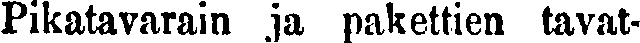
Pikatavarain ja pakettien tavat-